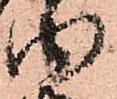
内